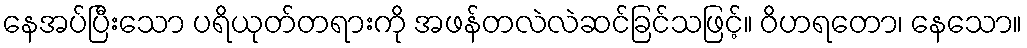
နေအပ်ပြီးသော ပရိယုတ်တရားကို အဖန်တလဲလဲဆင်ခြင်သဖြင့်။ ဝိဟရတော၊ နေသော။